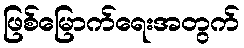
ဖြစ်မြောက်ရေးအတွက်